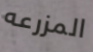
المزرعه